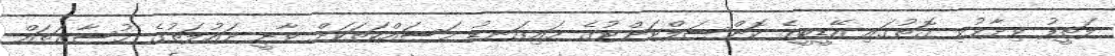
ލަތީފު ވިދާޅުވި ގޮތުގައި އޭޑީބީގެ ކޮންސަލްޓަންޓުގެ މައިގަނޑު މަސައްކަތަކަށް ވާނީ ދައުލަތުގެ މުސާރަތައް